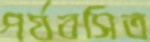
পর্যবসিত